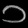
Digit: ၁